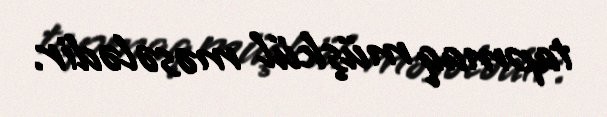
tapmaq müşkül məsələdir.